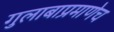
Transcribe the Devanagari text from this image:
गुलाबाप्रमाणेच